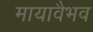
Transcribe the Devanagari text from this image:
मायावैभव